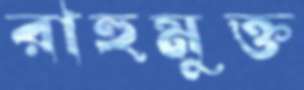
রাহুমুক্ত